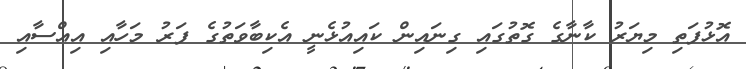
އޮޅުފަތި މިޔަރު ކާނާގެ ގޮތުގައި ގިނައިން ކައިއުޅެނީ އެކިބާވަތުގެ ފަރު މަހާއި އިއްސާއި